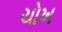
ચોખ